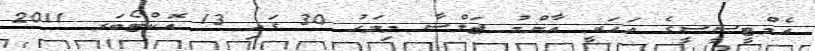
އެމްޓީސީސީގެ އަހަރީ އާންމު ޖަލްސާ މިމަހު 30 ގައި 13 އޮކްޓޯބަރ 2011